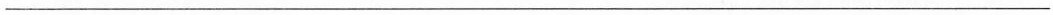
___